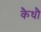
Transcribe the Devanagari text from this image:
कैधौ